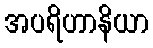
အပရိဟာနိယာ